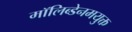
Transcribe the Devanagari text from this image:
मॉलिब्डेनमयुक्त